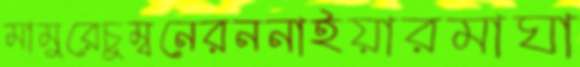
মামুরেচুম্বনেরননাইয়ারমাঘা